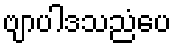
ဗျာပါဒသညံပေ